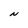
Character: N